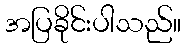
အပြခိုင်းပါသည်။